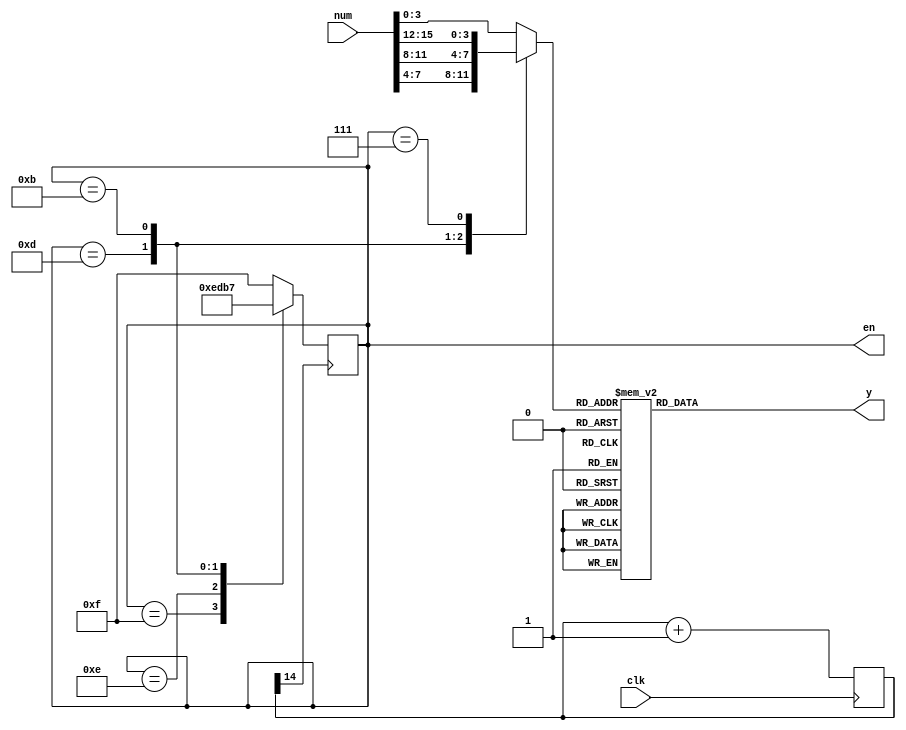
`timescale 1ns / 1ps
//////////////////////////////////////////////////////////////////////////////////
// Company: 
// Engineer: 
// 
// Design Name: 
// Module Name:    show 
// Project Name: 
// Target Devices: 
// Tool versions: 
// Description: 
//
// Dependencies: 
//
// Revision: 
// Revision 0.01 - File Created
// Additional Comments: 
//
//////////////////////////////////////////////////////////////////////////////////
module show(
input clk,
input [15:0] num,
output reg [6:0] y,
output reg [3:0] en
    );

reg [15:0] count = 0;
wire mclk;
assign mclk = count[14];

always@(posedge clk)
	begin
		count <= count + 1;
	end

always@(posedge mclk)
	begin
		case(en)
			4'b1111 :
				begin
					en <= 4'b1110;
				end
			4'b1110 :
				begin
					en <= 4'b1101;
				end
			4'b1101 :
				begin
					en <= 4'b1011;
				end
			4'b1011 :
				begin
					en <= 4'b0111;
				end
			default :
				begin
					en <= 4'b1111;
				end
		endcase
	end

reg [3:0] w;
always@(en)
	case(en)
		4'b1111 : w <= num[3:0];
		4'b1110 : w <= num[3:0];
		4'b1101 : w <= num[7:4];
		4'b1011 : w <= num[11:8];
		4'b0111 : w <= num[15:12];
		default : w <= num[3:0];
	endcase
	
always@(w)
	case(w)
		4'b0000:y=7'b0000001;
		4'b0001:y=7'b1001111;
		4'b0010:y=7'b0010010;
		4'b0011:y=7'b0000110;
		4'b0100:y=7'b1001100;
		4'b0101:y=7'b0100100;
		4'b0110:y=7'b0100000;
		4'b0111:y=7'b0001111;
		4'b1000:y=7'b0000000;
		4'b1001:y=7'b0000100;
		4'b1010:y=7'b0001000;
		4'b1011:y=7'b1100000;
		4'b1100:y=7'b0110001;
		4'b1101:y=7'b1000010;
		4'b1110:y=7'b0110000;
		4'b1111:y=7'b0111000;
	endcase
endmodule